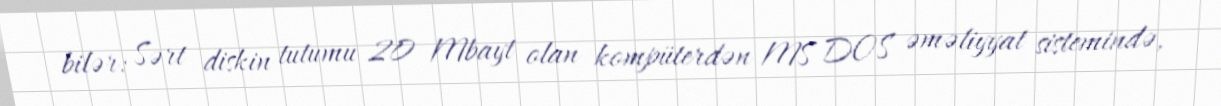
bilər: Sərt diskin tutumu 20 Mbayt olan kompüterdən MS DOS əməliyyat sistemində,